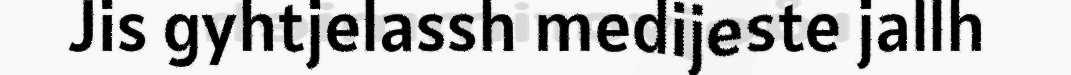
Jis gyhtjelassh medijeste jallh